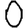
Digit: 0